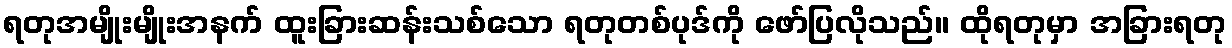
ရတုအမျိုးမျိုးအနက် ထူးခြားဆန်းသစ်သော ရတုတစ်ပုဒ်ကို ဖော်ပြလိုသည်။ ထိုရတုမှာ အခြားရတု